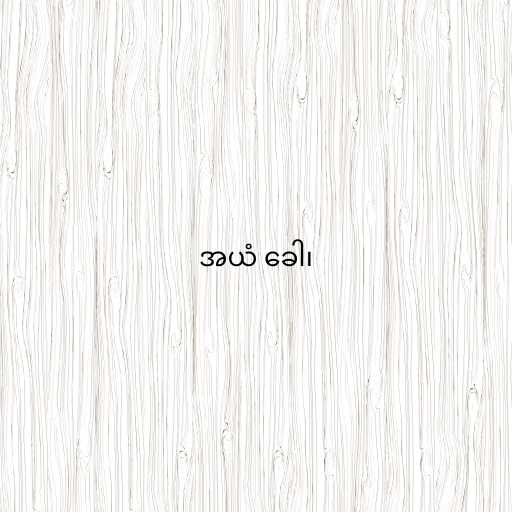
အယံ ခေါ၊